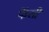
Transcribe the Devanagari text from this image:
फेंसी